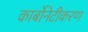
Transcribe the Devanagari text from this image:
कार्बोनेटीकरण